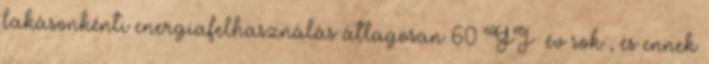
lakásonkénti energiafelhasználás átlagosan 60 GJ év sok , és ennek